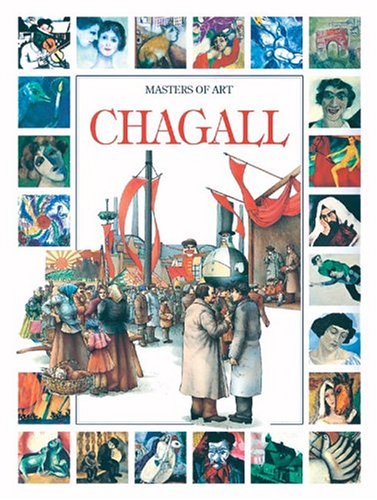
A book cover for Chagall; Gianni Pozzi; Teen & Young Adult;